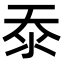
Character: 沗